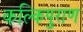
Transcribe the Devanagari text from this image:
कल्किपुराण